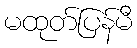
မထုတ်ပြန်မီ